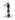
1